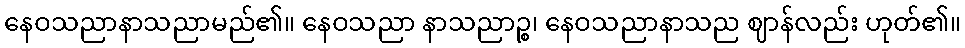
နေဝသညာနာသညာမည်၏။ နေဝသညာ နာသညာဉ္စ၊ နေဝသညာနာသည ဈာန်လည်း ဟုတ်၏။